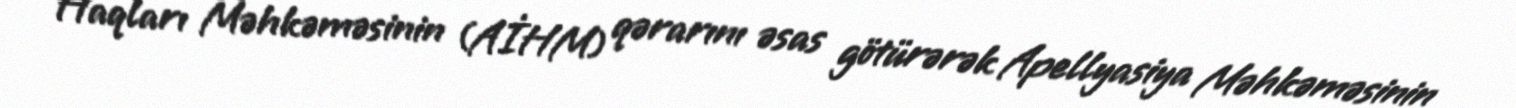
Haqları Məhkəməsinin (AİHM) qərarını əsas götürərək Apellyasiya Məhkəməsinin